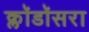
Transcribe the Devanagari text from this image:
क्लॉडॉसरा